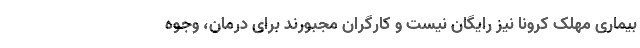
بیماری مهلک کرونا نیز رایگان نیست و کارگران مجبورند برای درمان، وجوه